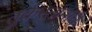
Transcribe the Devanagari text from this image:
तुर्कस्तानाचे